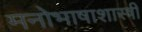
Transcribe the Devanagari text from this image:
मनोभाषाशास्त्री